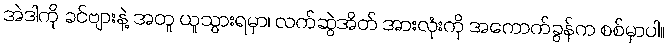
အဲဒါကို ခင်ဗျားနဲ့ အတူ ယူသွားရမှာ၊ လက်ဆွဲအိတ် အားလုံးကို အကောက်ခွန်က စစ်မှာပါ။